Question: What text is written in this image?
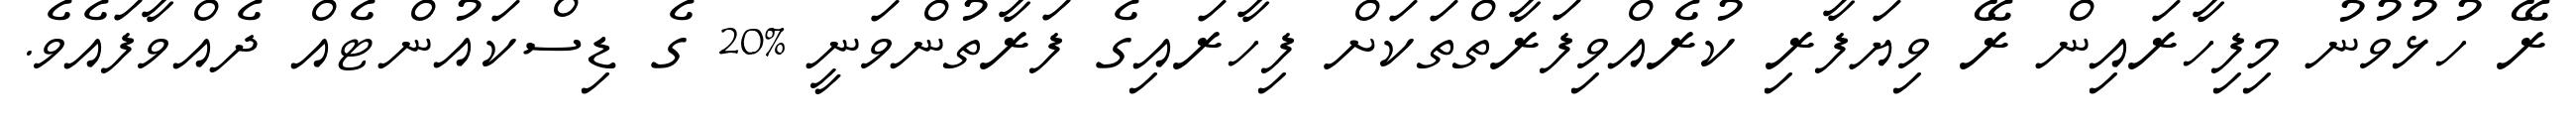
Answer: ރޭ ހުޅުވުނު މިފިހާރައިން ރޭ ވިޔަފާރި ކުރެއްވިފަރާތްތަކަށް ފިހާރައިގެ ފަރާތުންވަނީ %20 ގެ ޑިސްކައުންޓެއް ދެއްވާފައެވެ.